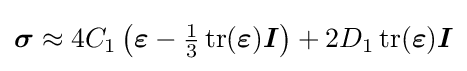
{\boldsymbol {\sigma }}\approx 4C_{1}\left({\boldsymbol {\varepsilon }}-{\tfrac {1}{3}}\operatorname {tr} ({\boldsymbol {\varepsilon }}){\boldsymbol {I}}\right)+2D_{1}\operatorname {tr} ({\boldsymbol {\varepsilon }}){\boldsymbol {I}}